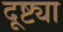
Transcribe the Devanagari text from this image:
दूष्ट्या